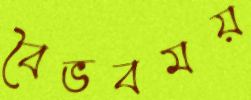
বৈভবময়